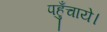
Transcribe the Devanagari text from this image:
पहुँचाये।